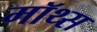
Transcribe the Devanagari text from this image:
मॉथ्स